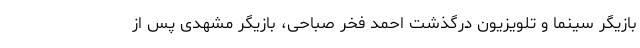
بازیگر سینما و تلویزیون درگذشت احمد فخر صباحی، بازیگر مشهدی پس از